Scottish Leaving Certificate Examination, 1951
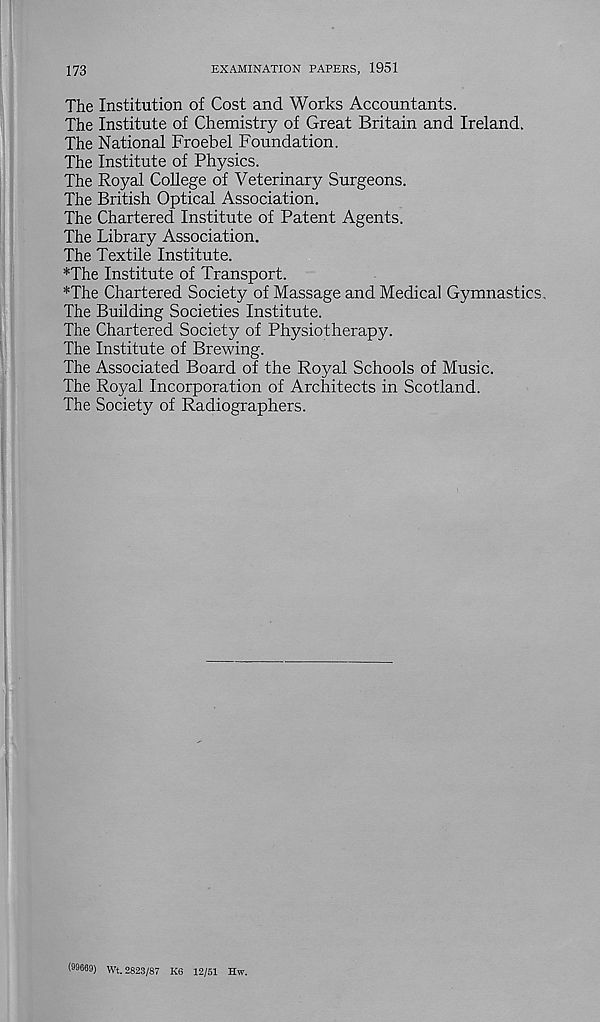
173
EXAMINATION PAPERS, 1951
The Institution of Cost and Works Accountants.
The Institute of Chemistry of Great Britain and Ireland.
The National Froebel Foundation.
The Institute of Physics.
The Royal College of Veterinary Surgeons.
The British Optical Association.
The Chartered Institute of Patent Agents.
The Library Association.
The Textile Institute.
*The Institute of Transport.
*The Chartered Society of Massage and Medical Gymnastic
The Building Societies Institute.
The Chartered Society of Physiotherapy.
The Institute of Brewing.
The Associated Board of the Royal Schools of Music.
The Royal Incorporation of Architects in Scotland.
The Society of Radiographers.
(99609) Wt. 2823/87 K6 12/51 Hw.